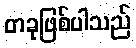
တခုဖြစ်ပါသည်